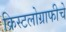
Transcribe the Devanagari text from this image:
क्रिस्टलोग्राफीचे